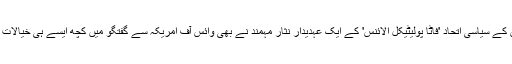
قبائلی علاقوں کے سیاسی اتحاد 'فاٹا پولیٹیکل الائنس' کے ایک عہدیدار نثار مہمند نے بھی وائس آف امریکہ سے گفتگو میں کچھ ایسے ہی خیالات کا اظہار کیا۔